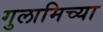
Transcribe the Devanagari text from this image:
गुलामिच्या